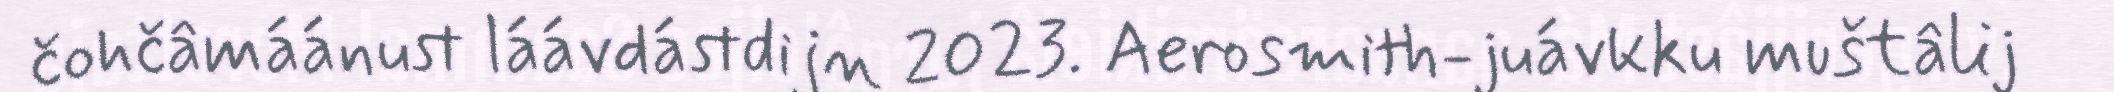
čohčâmáánust láávdástdijn 2023. Aerosmith-juávkku muštâlij